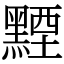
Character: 黫